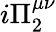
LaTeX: i\Pi_{2}^{\mu\nu}